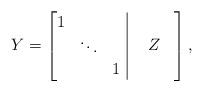
LaTeX: \begin{align*}Y=\left[\begin{array}{@{}c | c@{}} \begin{matrix} 1 & & \\ & \ddots &\\ && 1 \end{matrix} & \begin{matrix} & & \\ & {\normalfont \Huge Z} &\\ && \end{matrix}\end{array}\right],\end{align*}